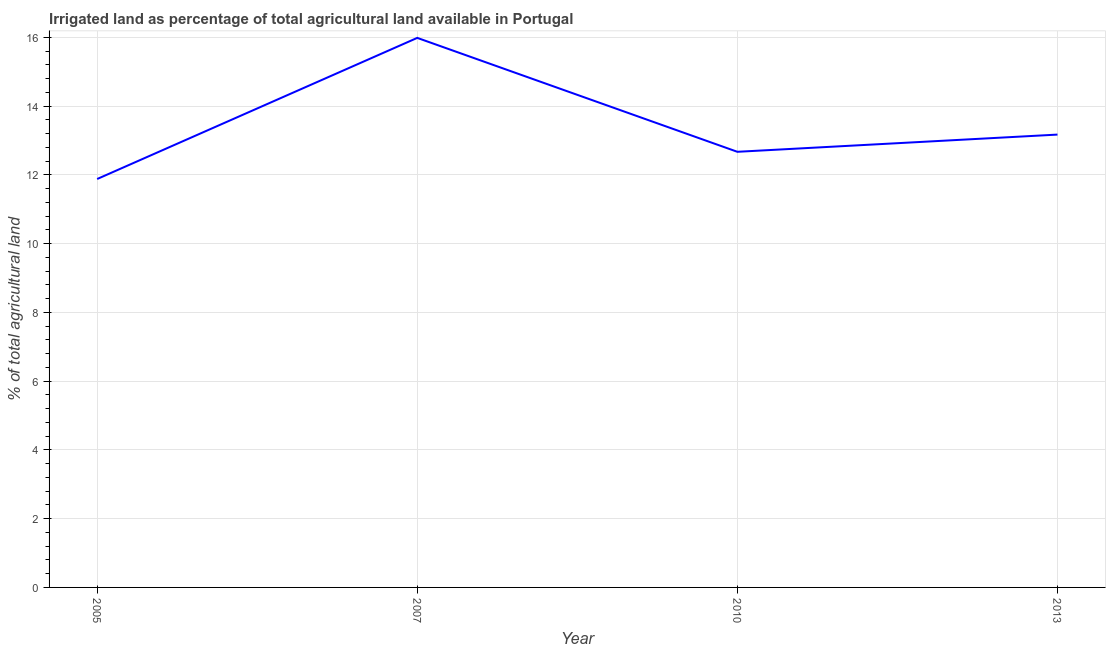
| Year | Agricultural irrigated land  |
 | --- | --- |
 | 2005 | 11.9 |
 | 2007 | 16 |
 | 2010 | 12.7 |
 | 2013 | 13.2 |